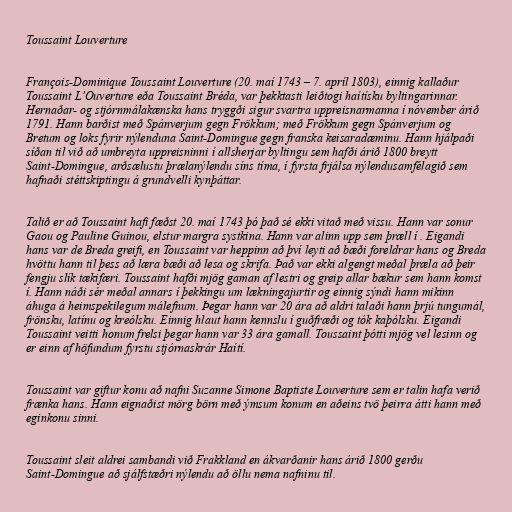
Toussaint Louverture

François-Dominique Toussaint Louverture (20. maí 1743 – 7. apríl 1803), einnig kallaður
Toussaint L’Ouverture eða Toussaint Bréda, var þekktasti leiðtogi haítísku byltingarinnar.
Hernaðar- og stjórnmálakænska hans tryggði sigur svartra uppreisnarmanna í nóvember árið
1791. Hann barðist með Spánverjum gegn Frökkum; með Frökkum gegn Spánverjum og
Bretum og loks fyrir nýlenduna Saint-Domingue gegn franska keisaradæminu. Hann hjálpaði
síðan til við að umbreyta uppreisninni í allsherjar byltingu sem hafði árið 1800 breytt
Saint-Domingue, arðsælustu þrælanýlendu síns tíma, í fyrsta frjálsa nýlendusamfélagið sem
hafnaði stéttskiptingu á grundvelli kynþáttar.

Talið er að Toussaint hafi fæðst 20. maí 1743 þó það sé ekki vitað með vissu. Hann var sonur
Gaou og Pauline Guinou, elstur margra systkina. Hann var alinn upp sem þræll í . Eigandi
hans var de Breda greifi, en Toussaint var heppinn að því leyti að bæði foreldrar hans og Breda
hvöttu hann til þess að læra bæði að lesa og skrifa. Það var ekki algengt meðal þræla að þeir
fengju slík tækifæri. Toussaint hafði mjög gaman af lestri og greip allar bækur sem hann komst
í. Hann náði sér meðal annars í þekkingu um lækningajurtir og einnig sýndi hann mikinn
áhuga á heimspekilegum málefnum. Þegar hann var 20 ára að aldri talaði hann þrjú tungumál,
frönsku, latínu og kreólsku. Einnig hlaut hann kennslu í guðfræði og tók kaþólsku. Eigandi
Toussaint veitti honum frelsi þegar hann var 33 ára gamall. Toussaint þótti mjög vel lesinn og
er einn af höfundum fyrstu stjórnaskrár Haítí.

Toussaint var giftur konu að nafni Suzanne Simone Baptiste Louverture sem er talin hafa verið
frænka hans. Hann eignaðist mörg börn með ýmsum konum en aðeins tvö þeirra átti hann með
eginkonu sinni.

Toussaint sleit aldrei sambandi við Frakkland en ákvarðanir hans árið 1800 gerðu
Saint-Domingue að sjálfstæðri nýlendu að öllu nema nafninu til.